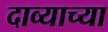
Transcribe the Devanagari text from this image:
दाव्याच्या